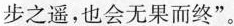
步之遥，也会无果而终”。